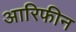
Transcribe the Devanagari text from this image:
आरिफीन